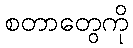
စတာတွေကို